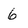
Character: 6